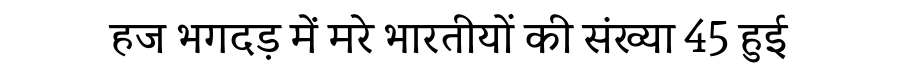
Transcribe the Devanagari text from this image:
हज भगदड़ में मरे भारतीयों की संख्या 45 हुई